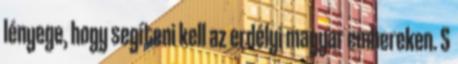
lényege, hogy segíteni kell az erdélyi magyar embereken. S